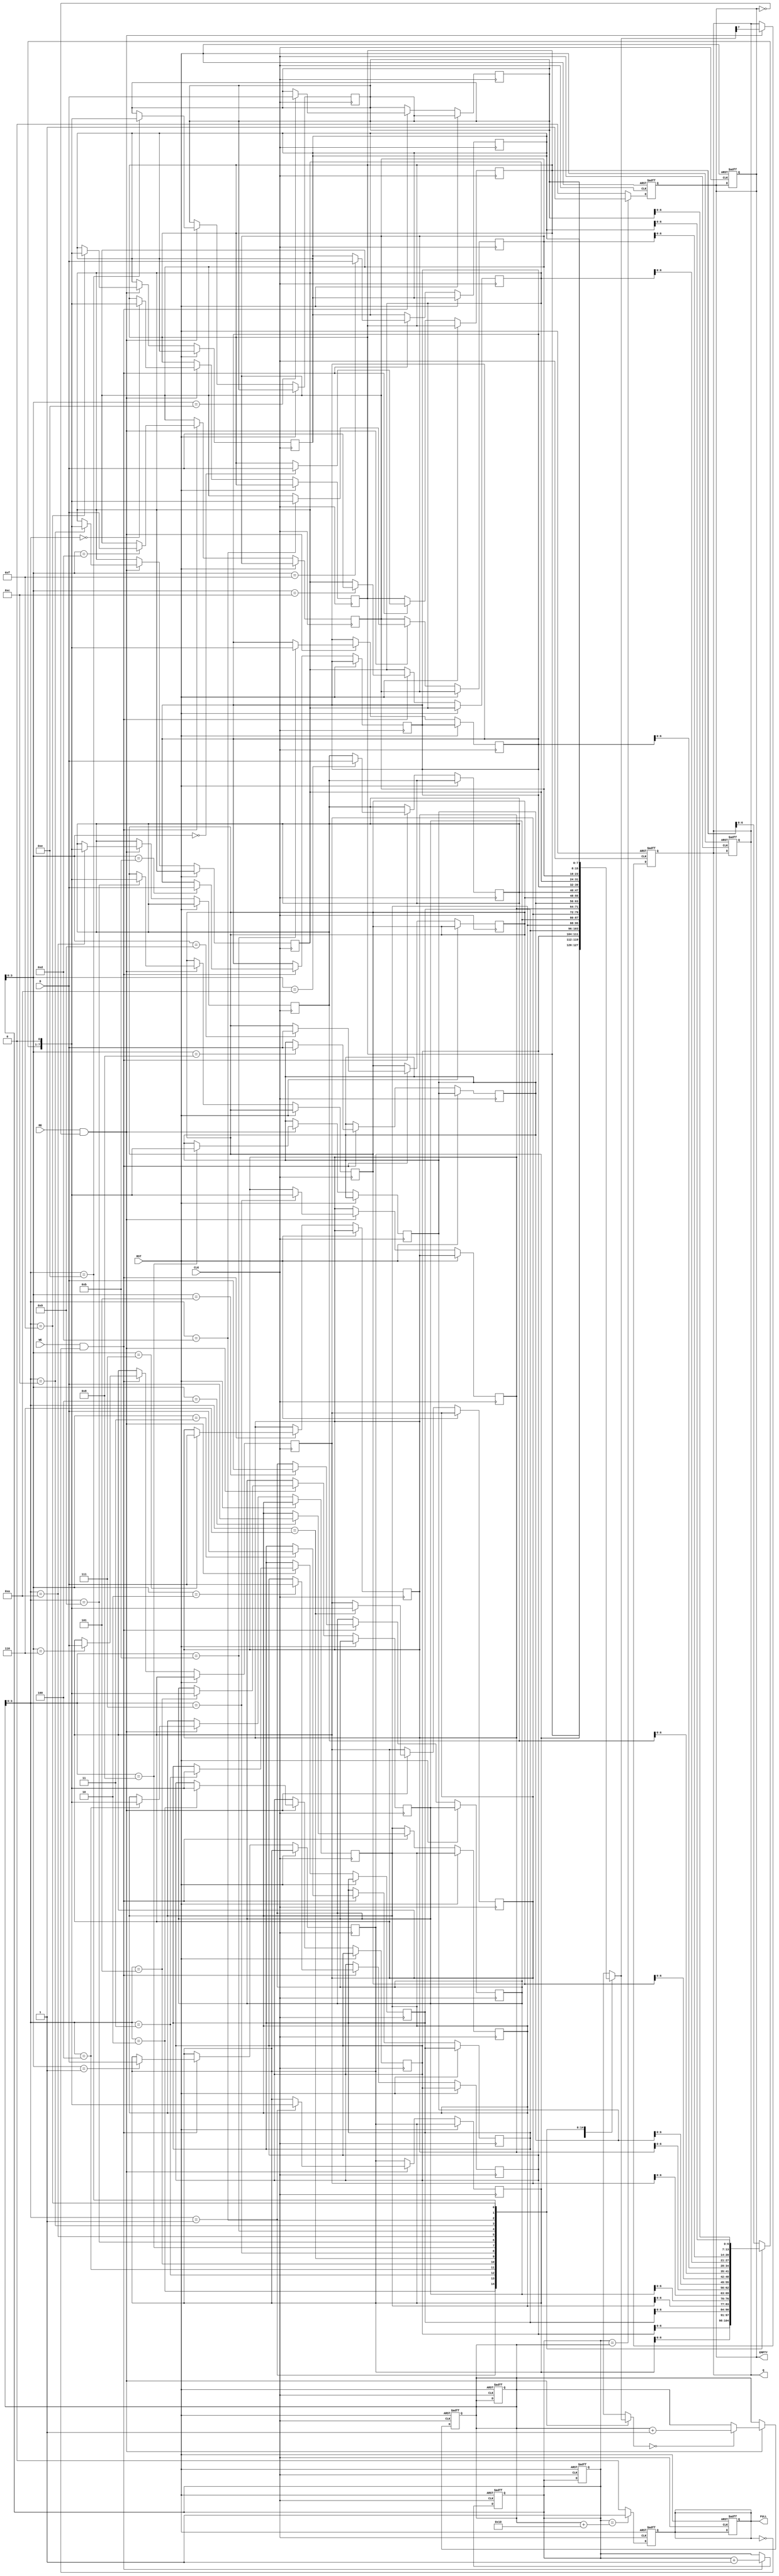
module FIFO_PISO #(
    parameter DATA_WIDTH = 8,  // Width of the parallel data input
    parameter FIFO_DEPTH = 16   // Depth of the FIFO
)(
    input wire [DATA_WIDTH-1:0] D,  // Parallel data input
    input wire WE,                   // Write Enable
    input wire RE,                   // Read Enable
    input wire CLK,                  // Clock
    input wire RST,                  // Reset
    output reg Q,                    // Serial output
    output reg FULL,                 // Full flag
    output reg EMPTY                 // Empty flag
);

    // Internal storage for FIFO
    reg [DATA_WIDTH-1:0] fifo_mem [0:FIFO_DEPTH-1];
    reg [4:0] write_ptr;  // Pointer for writing (5 bits to accommodate FIFO_DEPTH)
    reg [4:0] read_ptr;   // Pointer for reading (5 bits to accommodate FIFO_DEPTH)

    // Initialize internal registers
    initial begin
        write_ptr = 0;
        read_ptr = 0;
        FULL = 0;
        EMPTY = 1;
        Q = 0;
    end

    // Write operation
    always @(posedge CLK or posedge RST) begin
        if (RST) begin
            write_ptr <= 0;
            read_ptr <= 0;
            FULL <= 0;
            EMPTY <= 1;
            Q <= 0;
        end else begin
            if (WE && !FULL) begin
                fifo_mem[write_ptr] <= D;  // Store data in FIFO
                write_ptr <= write_ptr + 1; // Increment write pointer
            end
        end
    end

    // Read operation
    always @(posedge CLK or posedge RST) begin
        if (RST) begin
            write_ptr <= 0;
            read_ptr <= 0;
            FULL <= 0;
            EMPTY <= 1;
            Q <= 0;
        end else begin
            if (RE && !EMPTY) begin
                Q <= fifo_mem[read_ptr][DATA_WIDTH-1]; // Output the MSB of the current data
                fifo_mem[read_ptr] <= {fifo_mem[read_ptr][DATA_WIDTH-2:0], 1'b0}; // Shift left
                if (fifo_mem[read_ptr] == 0) begin
                    read_ptr <= read_ptr + 1; // Increment read pointer if data is fully read
                end
            end
        end
    end

    // Full and Empty flag management
    always @(posedge CLK or posedge RST) begin
        if (RST) begin
            FULL <= 0;
            EMPTY <= 1;
        end else begin
            FULL <= (write_ptr == (read_ptr + FIFO_DEPTH)) ? 1 : 0; // FIFO is full
            EMPTY <= (write_ptr == read_ptr) ? 1 : 0; // FIFO is empty
        end
    end

endmodule